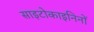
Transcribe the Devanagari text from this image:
साइटोकाइनिनों